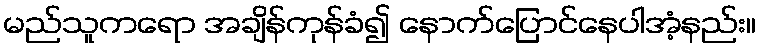
မည်သူကရော အချိန်ကုန်ခံ၍ နောက်ပြောင်နေပါအံ့နည်း။